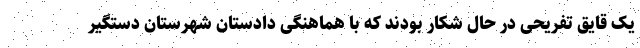
یک قایق تفریحی در حال شکار بودند که با هماهنگی دادستان شهرستان دستگیر